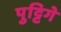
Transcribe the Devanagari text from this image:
पुट्टिगे